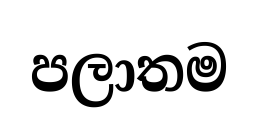
පලාතම